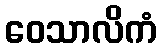
ဝေသာလိကံ